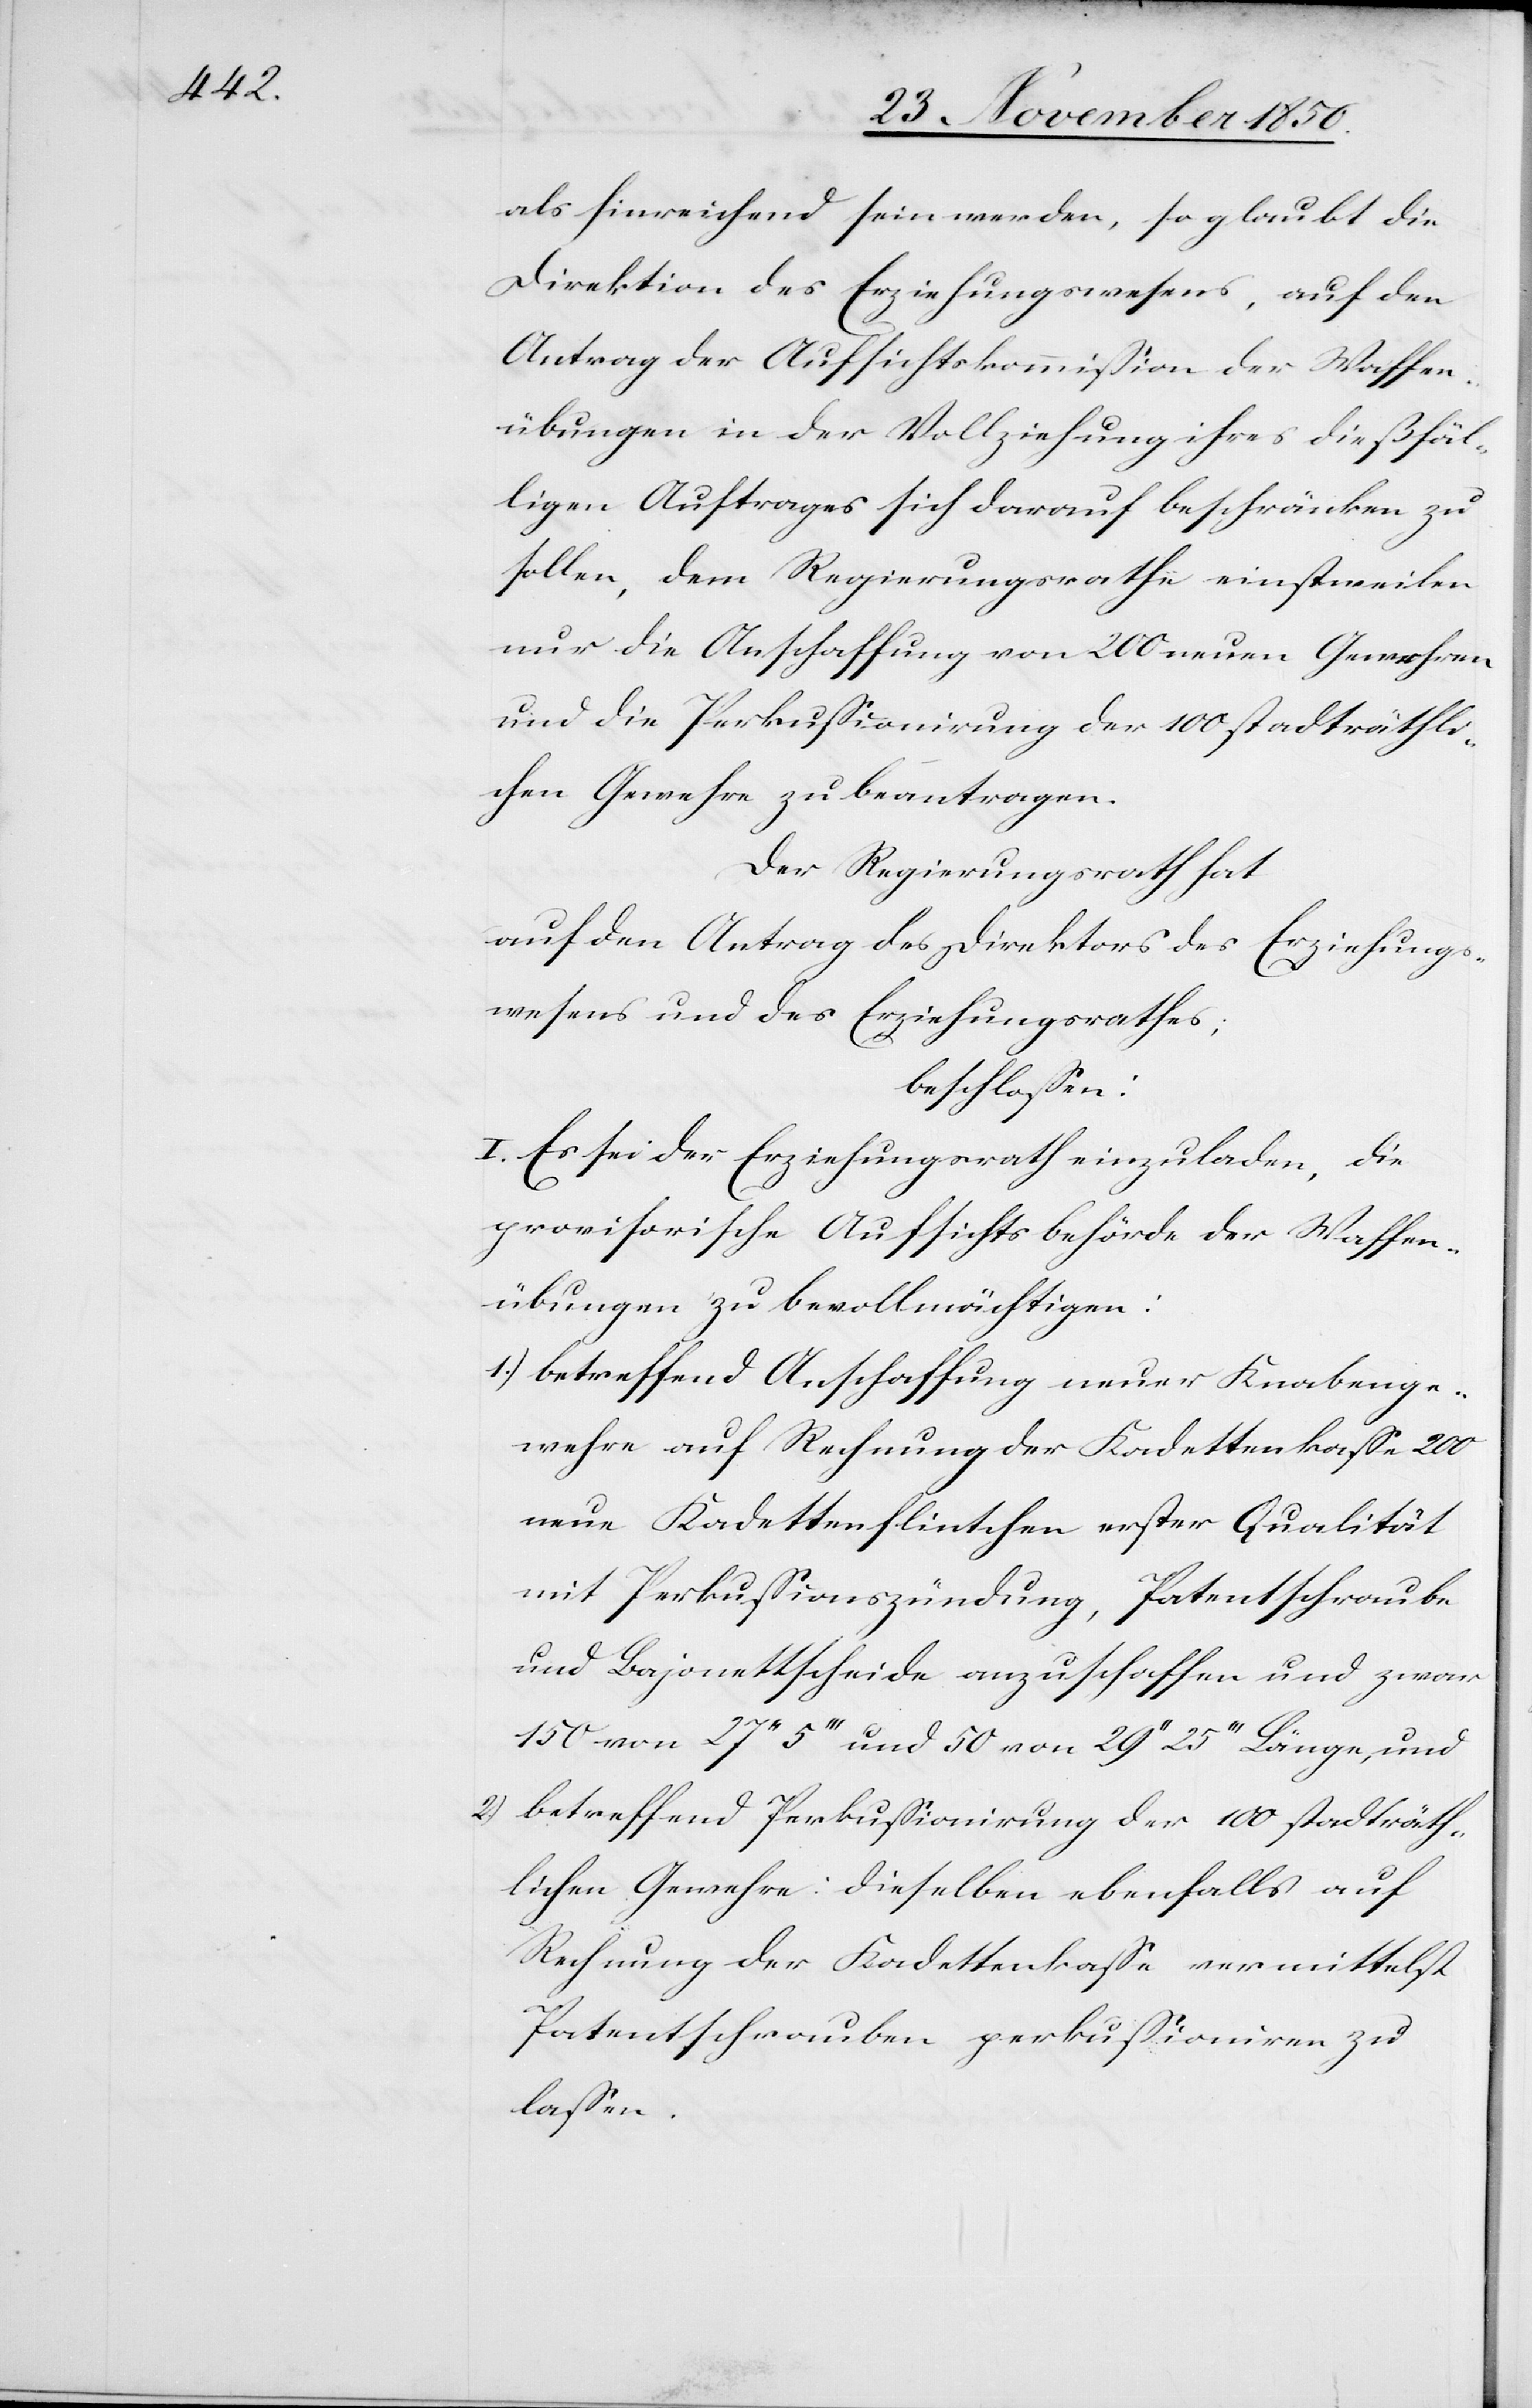
als hinreichend sein werden, so glaubt die
Direktion des Erziehungswesens, auf den
Antrag der Aufsichtskommission der Waffen¬
übungen in der Vollziehung ihres dießfäl¬
ligen Auftrages sich darauf beschränken zu
sollen, dem Regierungsrathe einstweilen
nur die Anschaffung von 200 neuen Gewehren
und die Perkussionirung der 100 stadträthli¬
chen Gewehre zu beantragen.
Der Regierungsrath hat
auf den Antrag des Direktors des Erziehungs¬
wesens und des Erziehungsrathes;
beschlossen:
I. Es sei der Erziehungsrath einzuladen, die
provisorische Aufsichtsbehörde der Waffen¬
übungen zu bevollmächtigen:
1.) betreffend Anschaffung neuer Knabenge¬
wehre auf Rechnung der Kadettenkasse 200
neue Kadettenflintchen erster Qualität
mit Perkussionszündung, Patentschraube
und Bajonettscheide anzuschaffen und zwar
150 von 27‘‘ 5‘‘‘ und 50 von 29‘‘ 25‘‘‘ Länge, und
2.) betreffend Perkussionirung der 100 stadträth¬
lichen Gewehre: dieselben ebenfalls auf
Rechnung der Kadettenkasse vermittelst
Patentschrauben perkussioniren zu
lassen.